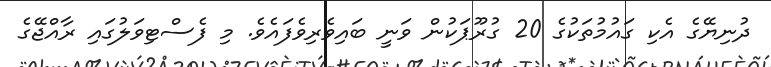
ދުނިޔޭގެ އެކި ގައުމުތަކުގެ 20 ގުރޫޕަކުން ވަނީ ބައިވެރިވެފައެވެ. މި ފެސްޓިވަލުގައި ރާއްޖޭގެ